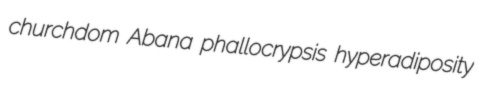
churchdom Abana phallocrypsis hyperadiposity